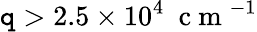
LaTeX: \mathtt{q}>2.5\times10^{4}~\mathrm{{~c~m~}}^{-1}